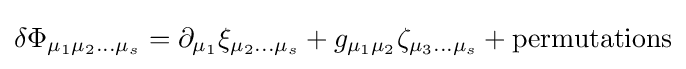
\delta \Phi _{\mu _{1}\mu _{2}...\mu _{s}}=\partial _{\mu _{1}}\xi _{\mu _{2}...\mu _{s}}+g_{\mu _{1}\mu _{2}}\zeta _{\mu _{3}...\mu _{s}}+{\text{permutations}}